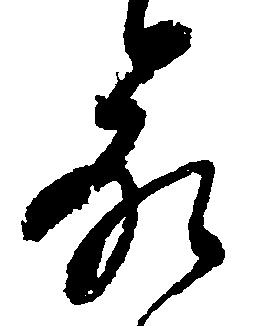
命